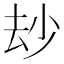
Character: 𠫴